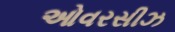
ઓવરસીઝ